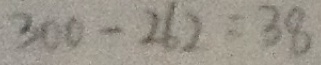
3 0 0 - 2 6 0 = 3 8